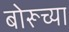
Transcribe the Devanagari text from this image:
बोरूच्या